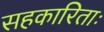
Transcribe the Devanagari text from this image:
सहकारिताः